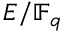
E / \mathbb { F } _ { q }